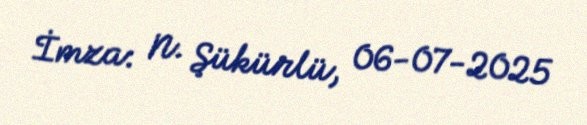
İmza: N. Şükürlü, 06-07-2025